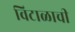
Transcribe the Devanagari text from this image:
विटाळाची